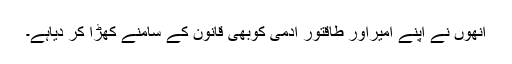
انھوں نے اپنے امیراور طاقتور آدمی کوبھی قانون کے سامنے کھڑا کر دیاہے۔